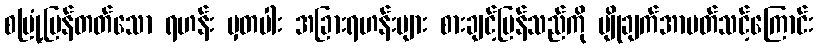
စမြုံ့ပြန်တတ်သော ရဟန်း မှတပါး အခြားရဟန်းများ စားချင့်ပြန်သည်ကို မျိုချက်အာပတ်သင့်ကြောင်း